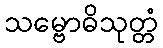
သမ္ဗောဓိသုတ္တံ